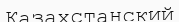
Казахстанский